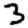
Digit: 3